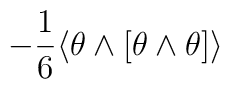
-\frac16 \langle \theta \wedge     [\theta\wedge \theta]\rangle